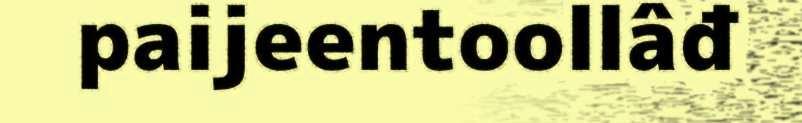
paijeentoollâđ